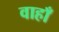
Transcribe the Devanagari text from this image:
वाहाँ